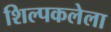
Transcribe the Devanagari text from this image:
शिल्पकलेला